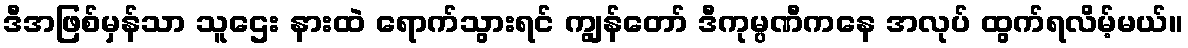
ဒီအဖြစ်မှန်သာ သူဌေး နားထဲ ရောက်သွားရင် ကျွန်တော် ဒီကုမ္ပဏီကနေ အလုပ် ထွက်ရလိမ့်မယ်။